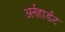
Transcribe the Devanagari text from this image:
अर्नहार्डट